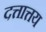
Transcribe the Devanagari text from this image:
दत्तात्तय